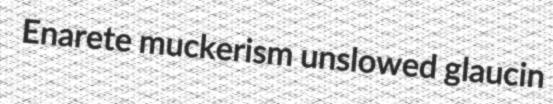
Enarete muckerism unslowed glaucin